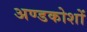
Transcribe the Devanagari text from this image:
अण्डकोशों